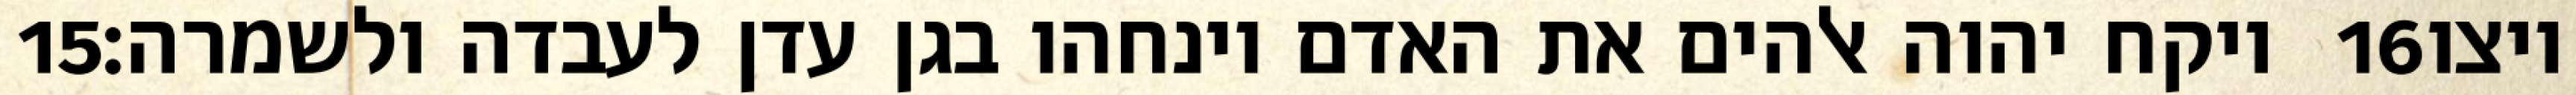
‎15‏ ויקח יהוה אלהים את האדם וינחהו בגן עדן לעבדה ולשמרה׃ ‎16‏ ויצו